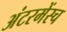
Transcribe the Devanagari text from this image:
अंटरमेंस्च